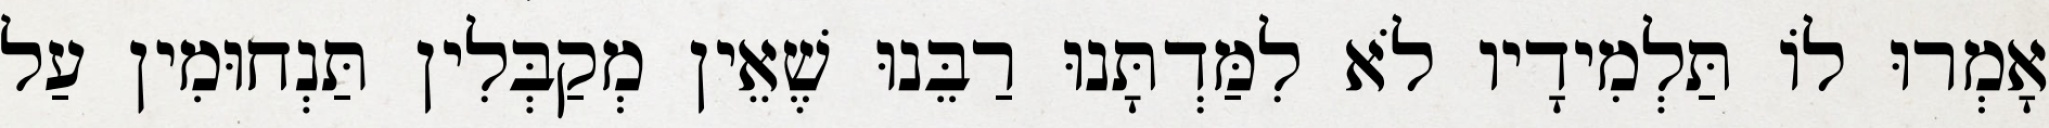
אָמְרוּ לוֹ תַּלְמִידָיו לֹא לִמַּדְתָּנוּ רַבֵּנוּ שֶׁאֵין מְקַבְּלִין תַּנְחוּמִין עַל